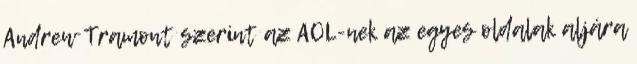
Andrew Tramont szerint az AOL-nek az egyes oldalak aljára